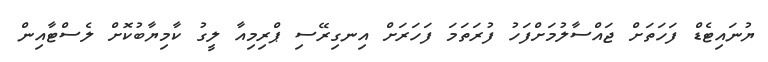
ޔުނައިޓެޑް ފަހަތަށް ޖައްސާލުމަށްފަހު ފުރަތަމަ ފަހަރަށް އިނގިރޭސި ޕްރިމިއާ ލީގު ކާމިޔާބުކޮށް ލެސްޓާއިން